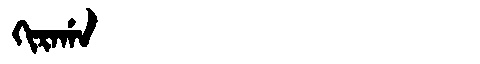
Manchu: ᡴᡳᡵᠠᡤᠠ
Romanization: KIRAGA